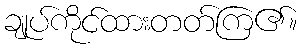
ချုပ်ကိုင်ထားတတ်ကြ၏။